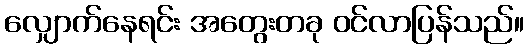
လျှောက်နေရင်း အတွေးတခု ဝင်လာပြန်သည်။